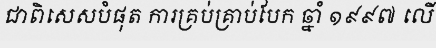
ជាពិសេសបំផុត ការគ្រប់គ្រាប់បែក ឆ្នាំ ១៩៩៧ លើ